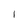
Character: I